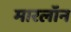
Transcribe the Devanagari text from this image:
मारलॉन